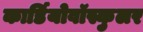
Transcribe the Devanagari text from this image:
कार्डियोवॉस्कुलर